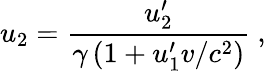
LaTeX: u_{2}={\frac{u_{2}^{\prime}}{\gamma\left(1+u_{1}^{\prime}v/c^{2}\right)}}\ ,